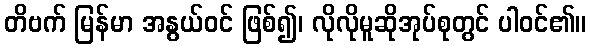
တိဗက် မြန်မာ အနွယ်ဝင် ဖြစ်၍၊ လိုလိုမူဆိုအုပ်စုတွင် ပါဝင်၏။